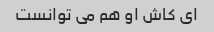
ای کاش او هم می توانست